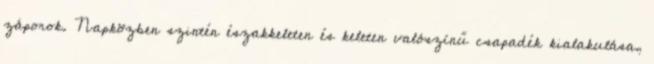
záporok. Napközben szintén északkeleten és keleten valószínű csapadék kialakulása,